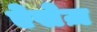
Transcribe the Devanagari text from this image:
ऐसेज़